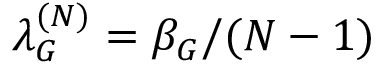
\lambda _ { G } ^ { ( N ) } = \beta _ { G } / ( N - 1 )